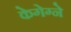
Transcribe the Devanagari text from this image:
केगेग्ने